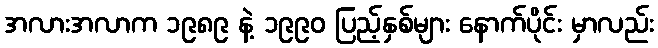
အလားအလာက ၁၉၈၉ နဲ့ ၁၉၉၀ ပြည့်နှစ်များ နောက်ပိုင်း မှာလည်း